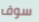
سوف